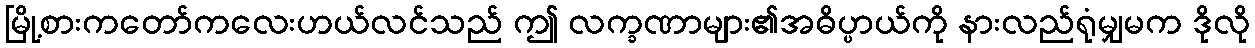
မြို့စားကတော်ကလေးဟယ်လင်သည် ဤ လက္ခဏာများ၏အဓိပ္ပာယ်ကို နားလည်ရုံမျှမက ဒိုလို